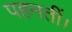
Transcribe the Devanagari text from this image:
पहनतीं।